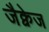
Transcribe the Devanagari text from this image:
जैक्वेज